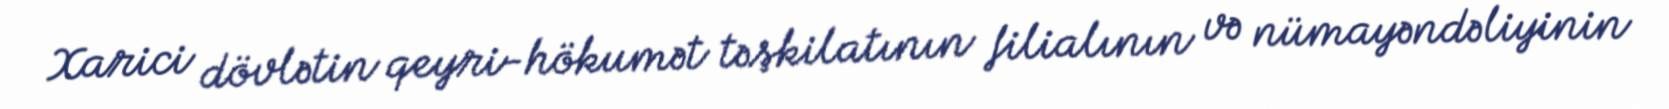
Xarici dövlətin qeyri-hökumət təşkilatının filialının və nümayəndəliyinin